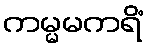
ကမ္မမကရိံ